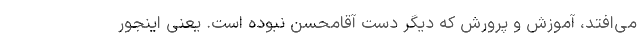
می‌افتد، آموزش و پرورش که دیگر دست آقامحسن نبوده است. یعنی اینجور